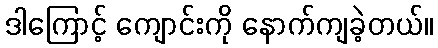
ဒါကြောင့် ကျောင်းကို နောက်ကျခဲ့တယ်။